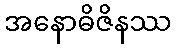
အနောဓိဇိနဿ